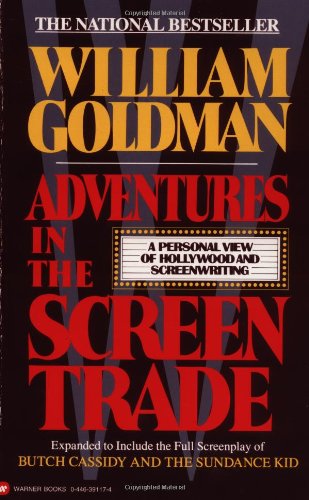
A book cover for Adventures in the Screen Trade: A Personal View of Hollywood and Screenwriting; William Goldman; Humor & Entertainment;